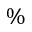
\%